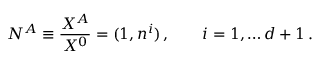
N ^ { A } \equiv { \frac { X ^ { A } } { X ^ { 0 } } } = ( 1 , n ^ { i } ) \, , \qquad i = 1 , \dots d + 1 \, .